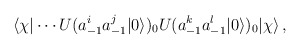
\begin{align*}\langle\chi|\cdots U(a_{-1}^ia_{-1}^j|0\rangle)_0U(a_{-1}^ka_{-1}^l|0\rangle)_0|\chi\rangle\,,\end{align*}